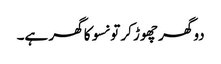
دو گھر چھوڑ کر تو نسو کا گھر ہے۔